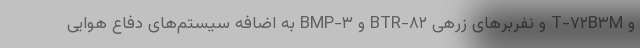
و T-۷۲B۳M و نفربرهای زرهی BTR-۸۲ و BMP-۳ به اضافه سیستم‌های دفاع هوایی